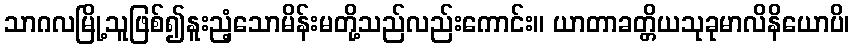
သာဂလမြို့သူဖြစ်၍နူးညံ့သောမိန်းမတို့သည်လည်းကောင်း။ ယာတာခတ္တိယသုခုမာလိနိယောပိ၊